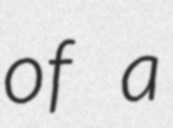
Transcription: of a